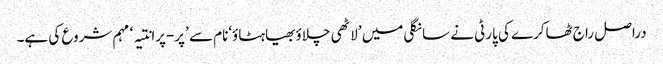
دراصل راج ٹھاکرے کی پارٹی نے سانگلی میں ’لاٹھی چلاؤبھیاہٹاؤ‘نام سے ’پر-پرانتیہ‘ مہم شروع کی ہے۔